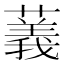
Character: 䕏